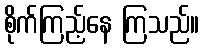
စိုက်ကြည့်နေ ကြသည်။